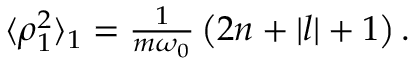
\begin{array} { r } { \langle \rho _ { 1 } ^ { 2 } \rangle _ { 1 } = \frac { 1 } { m \omega _ { 0 } } \left( 2 n + | l | + 1 \right) . } \end{array}